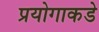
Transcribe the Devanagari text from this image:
प्रयोगाकडे